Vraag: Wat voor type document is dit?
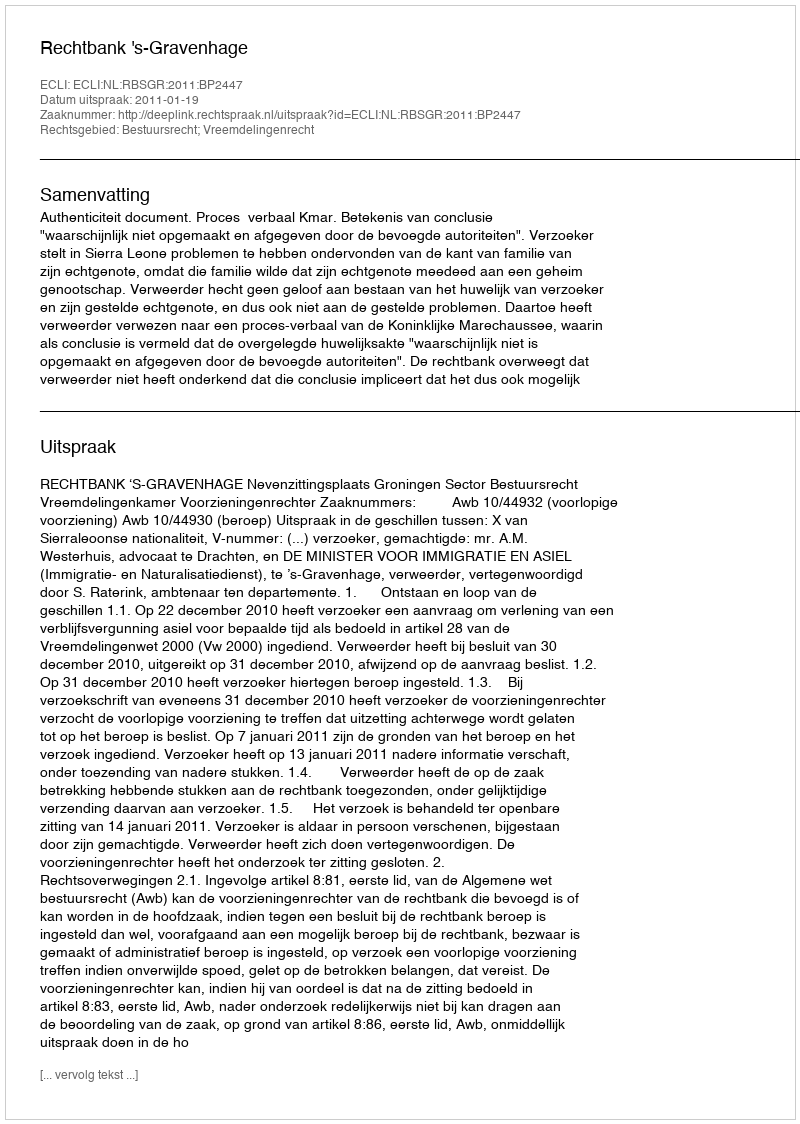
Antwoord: Uitspraak